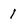
Character: 1